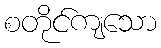
စတိုင်ကျသော